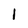
Character: I